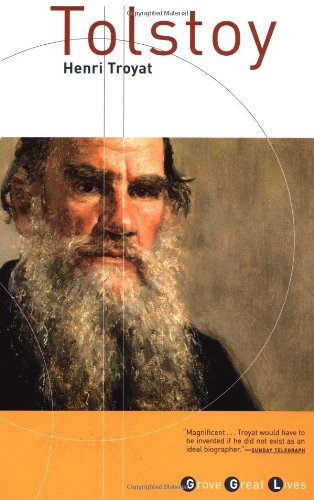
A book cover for Tolstoy; Henri Troyat; Literature & Fiction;